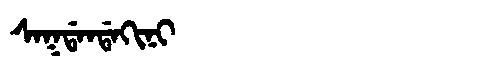
Manchu: ᠰᠠᡴᡩᠠᠨᡩᠠᡴᡳᠨᡳ
Romanization: SAKDANDAKINI